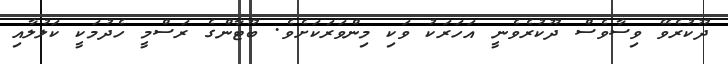
ދޫކުރެވޭ ވިސާވެސް ދޫކުރެވެނީ އަހަރަކު ވަކި މިންވަރަކަށެވެ. ބޫޓާންގެ ރަސްމީ ހެދުމަކީ ކަލުލާއި